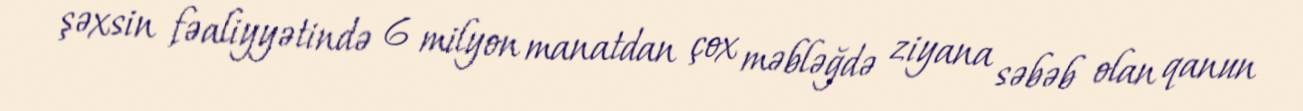
şəxsin fəaliyyətində 6 milyon manatdan çox məbləğdə ziyana səbəb olan qanun